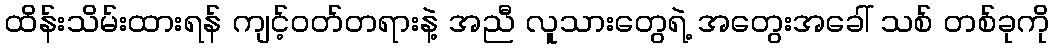
ထိန်းသိမ်းထားရန် ကျင့်ဝတ်တရားနဲ့ အညီ လူသားတွေရဲ့ အတွေးအခေါ် သစ် တစ်ခုကို